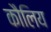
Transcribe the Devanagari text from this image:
कौलिय